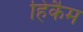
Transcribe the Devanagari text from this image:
हिकैम